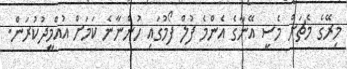
މިރޭގެ މެޗަށް މެސީ އޭނާގެ އެންމެ ފުލް ފޯމުގައި ހުންނާނެ ކަމަށް އުއްމީދުކުރަން.